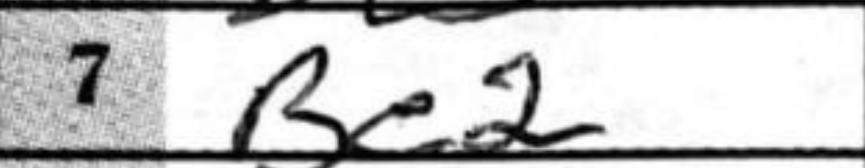
Transcription: Be2